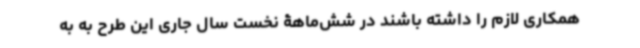
همکاری لازم را داشته باشند در شش‌ماهۀ نخست سال جاری این طرح به به